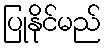
ပြုနိုင်မည်